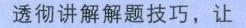
透彻讲解解题技巧，让